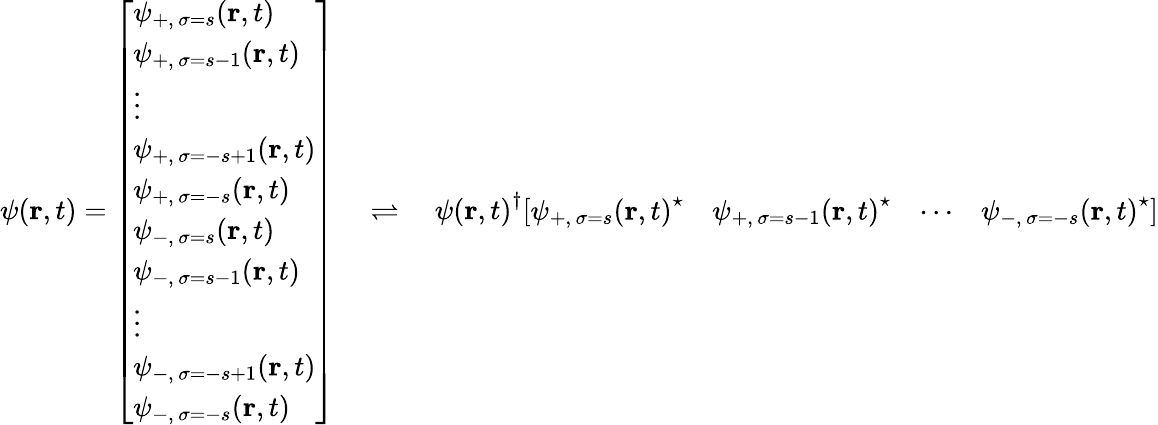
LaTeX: \psi(\mathbf{r},t)={\left[\begin{array}{l}{\psi_{+,\, \sigma=s}(\mathbf{r},t)}\\ {\psi_{+,\, \sigma=s-1}(\mathbf{r},t)}\\ {\vdots}\\ {\psi_{+,\, \sigma=-s+1}(\mathbf{r},t)}\\ {\psi_{+,\, \sigma=-s}(\mathbf{r},t)}\\ {\psi_{-,\, \sigma=s}(\mathbf{r},t)}\\ {\psi_{-,\, \sigma=s-1}(\mathbf{r},t)}\\ {\vdots}\\ {\psi_{-,\, \sigma=-s+1}(\mathbf{r},t)}\\ {\psi_{-,\, \sigma=-s}(\mathbf{r},t)}\end{array}\right]}\quad\rightleftharpoons\quad{\psi(\mathbf{r},t)}^{\dagger}{\left[\begin{array}{llll}{{\psi_{+,\, \sigma=s}(\mathbf{r},t)}^{\star}}&{{\psi_{+,\, \sigma=s-1}(\mathbf{r},t)}^{\star}}&{\cdots}&{{\psi_{-,\, \sigma=-s}(\mathbf{r},t)}^{\star}}\end{array}\right]}